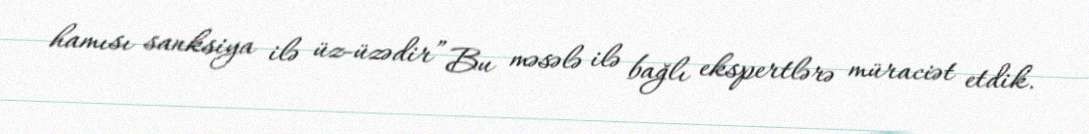
hamısı sanksiya ilə üz-üzədir” Bu məsələ ilə bağlı ekspertlərə müraciət etdik.